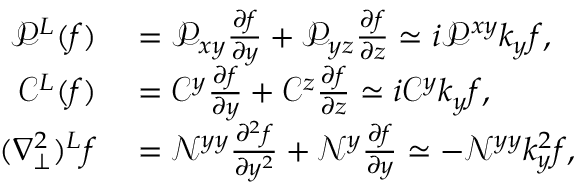
\begin{array} { r l } { \mathcal { P } ^ { L } ( f ) } & { { } = \mathcal { P } _ { x y } \frac { \partial f } { \partial y } + \mathcal { P } _ { y z } \frac { \partial f } { \partial z } \simeq i \mathcal { P } ^ { x y } k _ { y } f , } \\ { \mathcal { C } ^ { L } ( f ) } & { { } = \mathcal { C } ^ { y } \frac { \partial f } { \partial y } + \mathcal { C } ^ { z } \frac { \partial f } { \partial z } \simeq i \mathcal { C } ^ { y } k _ { y } f , } \\ { ( \nabla _ { \perp } ^ { 2 } ) ^ { L } f } & { { } = \mathcal { N } ^ { y y } \frac { \partial ^ { 2 } f } { \partial y ^ { 2 } } + \mathcal { N } ^ { y } \frac { \partial f } { \partial y } \simeq - \mathcal { N } ^ { y y } k _ { y } ^ { 2 } f , } \end{array}